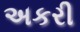
અકરી